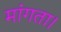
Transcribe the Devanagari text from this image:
मांगता।